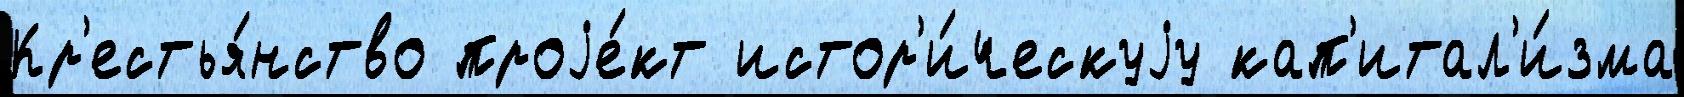
Кр'естья́нство проjе́кт истор'и́ческуjу кап'итал'и́зма